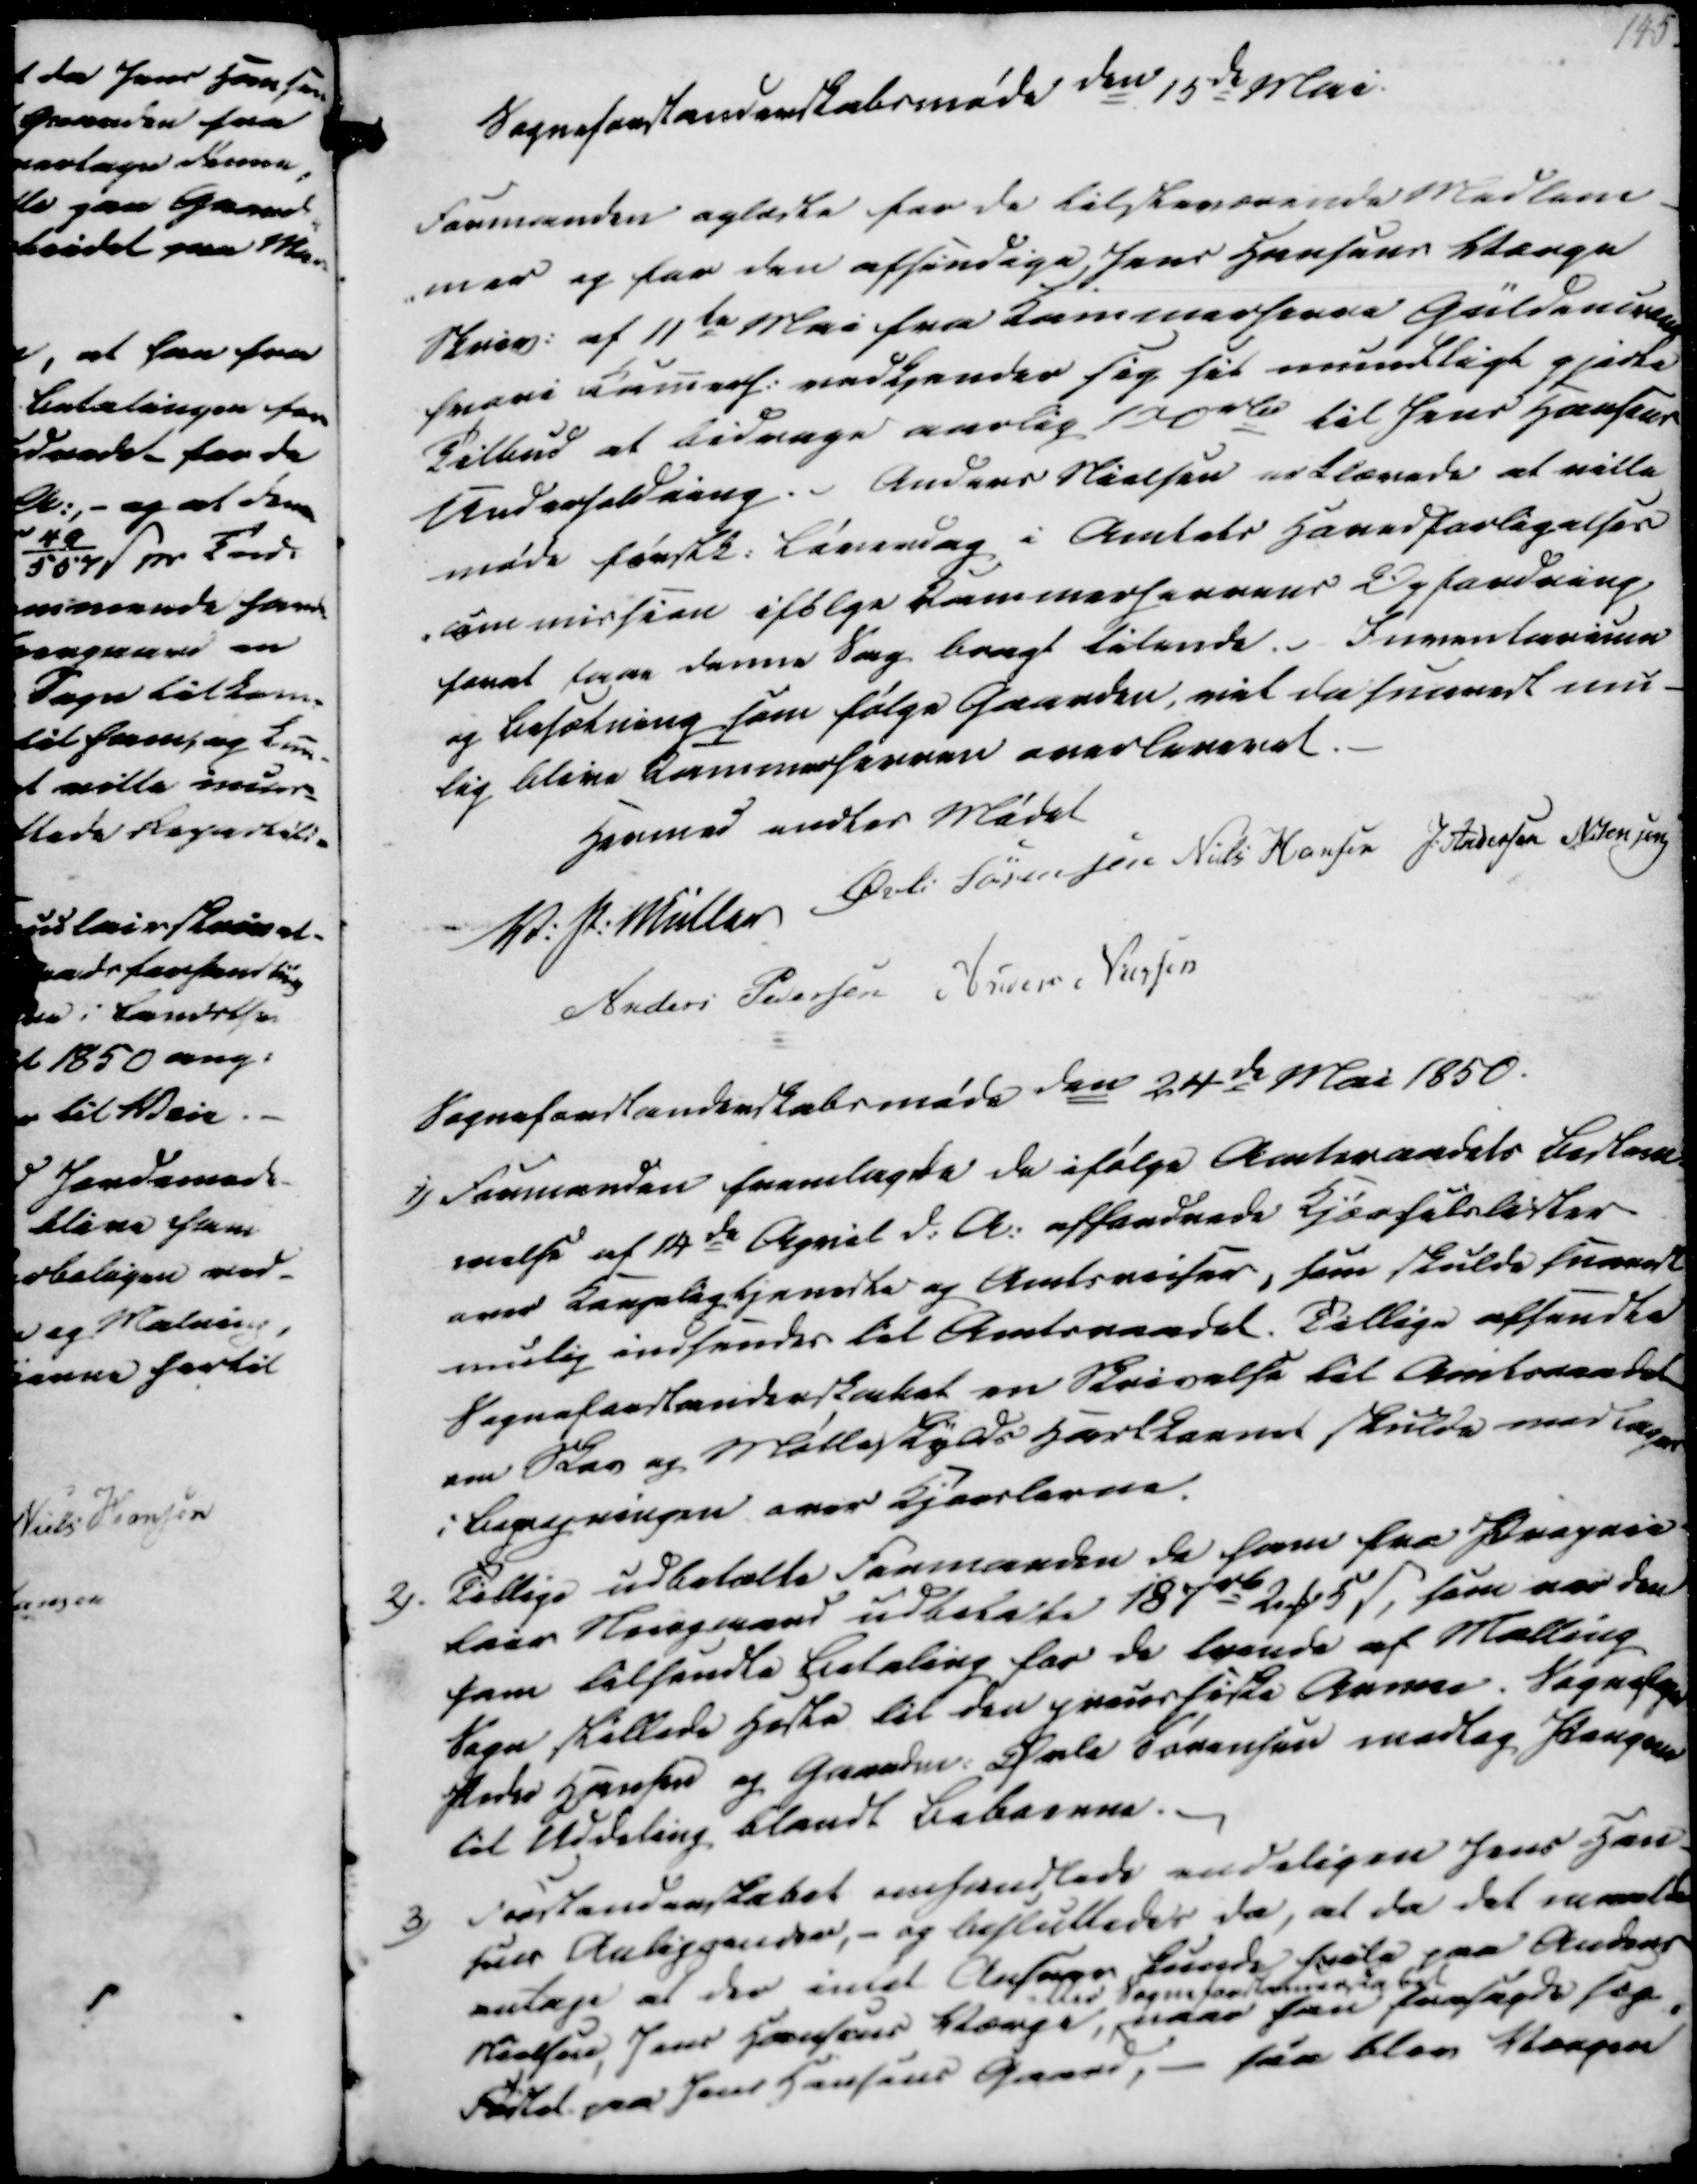
Transskription:
Sogneforstanderskabsmøde den 15de Mai.
Formanden oplæste for de tilsteværende Medlem
-mer og for den afsindige Jens Hansens Værge
Skriv. af 11te Mai fra Kammerherre Güldencrone
hvori Kamerh. vedkjender sig sit mundligt gjorte
Tilbud at bidrage aarlig 100 rd til Jens Hansens
Underholdning. Anders Nielsen erklærede at ville
møde førstk. Lørendag i Amtets Hovedforligelses
-commission ifølge Kammerherrens Opfordning
forat faae denne Sag bragt tilende. Inventarium
og Besætning som følge Gaarden, vil da snarest mu-
lig blive Kammerherren overleveret.

Hermed endtes Mødet
V. P. Müller
Øvli Sørensen
Niels Hansen
J. Andersen
N. Jensen
Anders Pedersen
Anders Nielsen

Sogneforstanderskabsmøde den 24de Mai 1850.
1) Formanden fremlagde de ifølge Amtsraadets Bestem-
melse af 14de April d.A. affordrede Kjørselslister
over Kongeligtjeneste og Amtsreiser, som skulde snarest
mulig indsendes til Amtsraadet. Tillige afsendte
Sogneforstanderskabet en Skrivelse til Amtsraadet
om Skov og Mølleskylds Hartkornet skulde medtages
i Beregningen over Kjørslerne.
2). Tillige udbetalte Formanden de ham fra Proprie-
tair Streigmand udbetalte 187 rd 2 ₻ 5 ẞ, som var den
ham tilsendte Betaling for de tvende af Malling
Sogn stillede Heste til den preussiske Arme. Sognefoged
Peder Hansen og Gaardm. Øvle Sørensen modtog Pengene
til Uddeling blandt Beboerne.
3) Forstanderskabet omhandlede endeligen Jens Han
sens Anliggender, - og Besluttedes da, at da det maatte
antage at der intet Ansvar kunde hvile paa Anders
Nielsen, Jens Hansens Værge,
eller Sogneforstanderskabet
naar han forsagde sig
Fødtel paa Jens Hansens Gaard, - saa blev Værgen